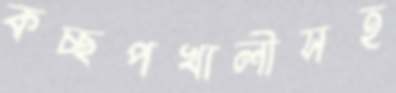
কচ্ছপখালীসহ